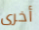
أخرى